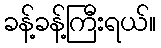
ခန့်ခန့်ကြီးရယ်။